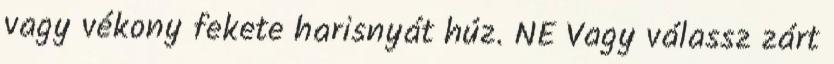
vagy vékony fekete harisnyát húz. NE Vagy válassz zárt